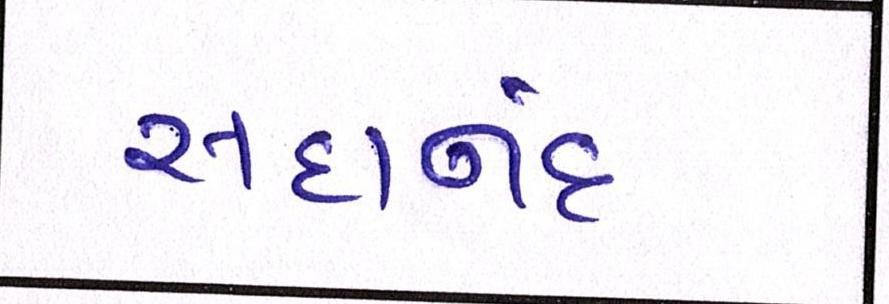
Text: સદાનંદ